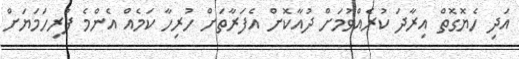
އަދި ހެޔޮގޮތް އިރާދަ ކުރެއްވުމަށް ދުއާކޮށް އެފަރާތަށް ހުރިހާ ކަމެއް އެންމެ ފުރިހަމަޔަށް